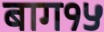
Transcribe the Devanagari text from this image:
बाग१५